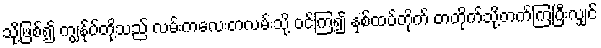
သို့ဖြစ်၍ ကျွန်ုပ်တို့သည် လမ်းကလေးတလမ်းသို့ ဝင်ကြ၍ နှစ်ထပ်တိုက် တတိုက်သို့တက်ကြပြီးလျှင်